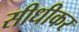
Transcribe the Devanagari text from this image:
सीधीकर